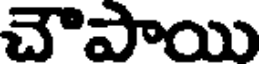
చౌపాయి